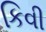
કિવી